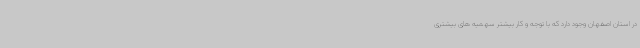
در استان اصفهان وجود دارد که با توجه و کار بیشتر سهمیه های بیشتری